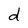
Character: d